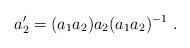
LaTeX: \begin{align*}a'_2 = (a_1 a_2 ) a_2 (a_1 a_2)^{-1} ~.\end{align*}